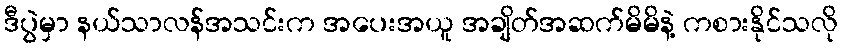
ဒီပွဲမှာ နယ်သာလန်အသင်းက အပေးအယူ အချိတ်အဆက်မိမိနဲ့ ကစားနိုင်သလို